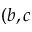
( b , c